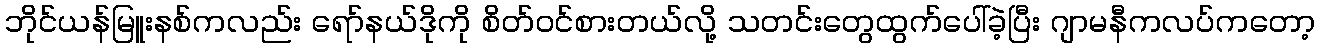
ဘိုင်ယန်မြူးနစ်ကလည်း ရော်နယ်ဒိုကို စိတ်ဝင်စားတယ်လို့ သတင်းတွေထွက်ပေါ်ခဲ့ပြီး ဂျာမနီကလပ်ကတော့